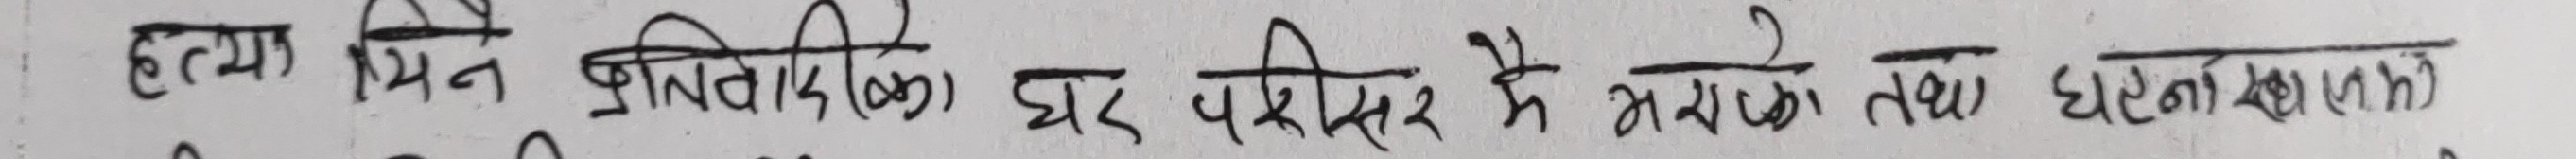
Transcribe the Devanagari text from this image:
हत्या मिने त्रिवेदिनि (को) घर परिसर मे भयको तथा घटनास्थल)